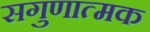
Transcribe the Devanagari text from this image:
सगुणात्मक